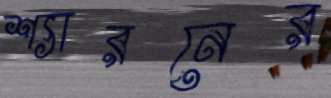
শ্যারনের